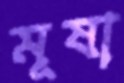
মূষা